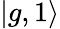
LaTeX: \vert g,1\rangle